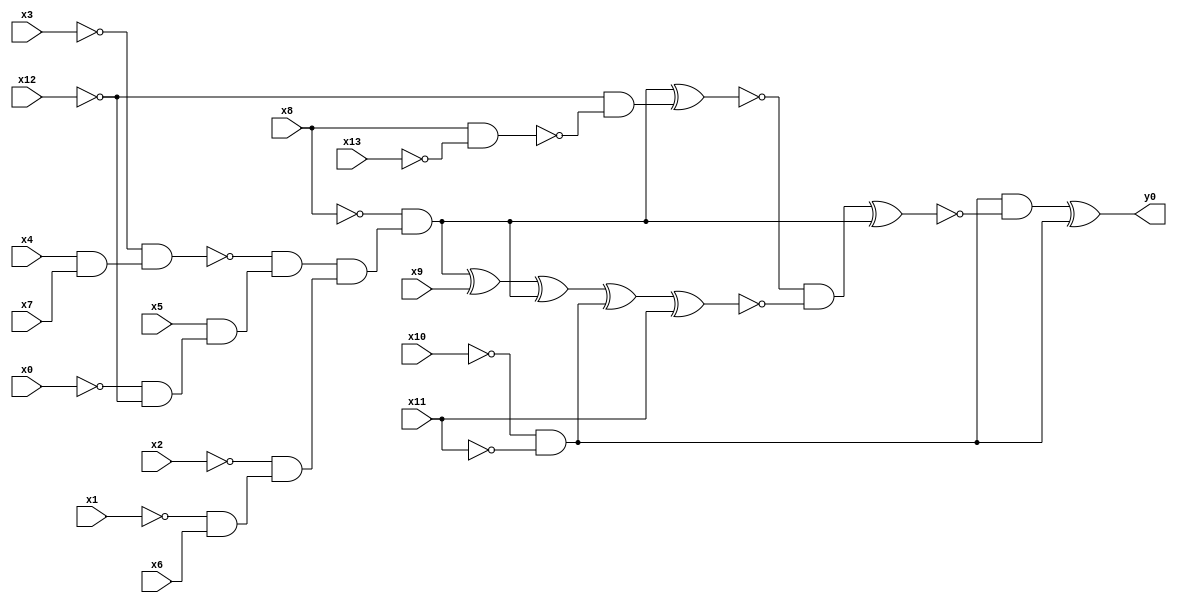
module top( x0 , x1 , x2 , x3 , x4 , x5 , x6 , x7 , x8 , x9 , x10 , x11 , x12 , x13 , y0 );
  input x0 , x1 , x2 , x3 , x4 , x5 , x6 , x7 , x8 , x9 , x10 , x11 , x12 , x13 ;
  output y0 ;
  wire n15 , n16 , n17 , n18 , n19 , n20 , n21 , n22 , n23 , n24 , n25 , n26 , n27 , n28 , n29 , n30 , n31 , n32 , n33 , n34 , n35 ;
  assign n15 = ~x10 & ~x11 ;
  assign n18 = x4 & x7 ;
  assign n19 = ~x3 & n18 ;
  assign n20 = ~x0 & ~x12 ;
  assign n21 = x5 & n20 ;
  assign n22 = ~n19 & n21 ;
  assign n23 = ~x1 & x6 ;
  assign n24 = ~x2 & n23 ;
  assign n25 = n22 & n24 ;
  assign n26 = ~x8 & n25 ;
  assign n16 = x8 & ~x13 ;
  assign n17 = ~x12 & ~n16 ;
  assign n27 = n26 ^ n17 ;
  assign n28 = n26 ^ x9 ;
  assign n29 = n28 ^ n26 ;
  assign n30 = n29 ^ n15 ;
  assign n31 = n30 ^ x11 ;
  assign n32 = ~n27 & ~n31 ;
  assign n33 = n32 ^ n26 ;
  assign n34 = n15 & ~n33 ;
  assign n35 = n34 ^ n15 ;
  assign y0 = n35 ;
endmodule